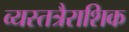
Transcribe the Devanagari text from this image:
व्यस्तत्रैराशिक